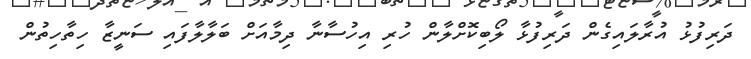
ދަރިފުޅު އުރާލައިގެން ދަރިފުޅާ ލޯބިކޮށްލާން ހުރި އިހުސާނާ ދިމާއަށް ބަލާލާފައި ސަނީޒާ ހިތާހިތުން